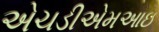
એચડીએમઆઇ